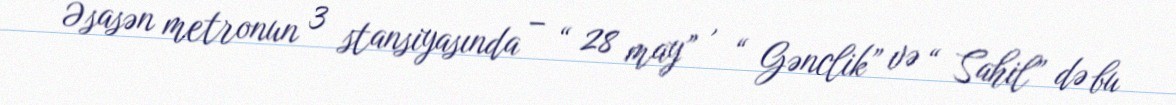
Əsasən metronun 3 stansiyasında – “ 28 may” , “ Gənclik” və “ Sahil” də bu